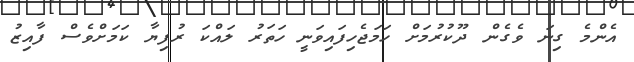
އެންމެ ގިނަ ވެގެން ދޫކުރުމަށް ހަމަޖެހިފައިވަނީ ހަތަރު ލައްކަ ރުފިޔާ ކަމަށްވެސް ފާއިޒު